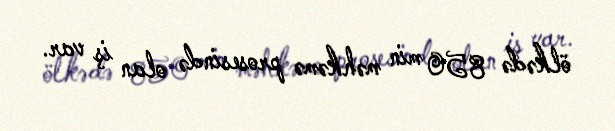
ölkədə 850 min məhkəmə prosesində olan iş var.